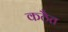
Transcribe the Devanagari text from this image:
कठैत